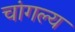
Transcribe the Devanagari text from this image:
चांगल्य